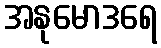
အနုမောဒရေ